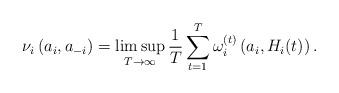
LaTeX: \begin{align*} \nu _{i}\left( a_{i},a_{-i} \right)= \limsup_{T\rightarrow \infty}\frac{1}{T}\sum_{t=1}^T \omega_{i}^{(t)}\left(a_{i},H_{i}(t)\right). \end{align*}